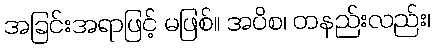
အခြင်းအရာဖြင့် မဖြစ်။ အပိစ၊ တနည်းလည်း၊